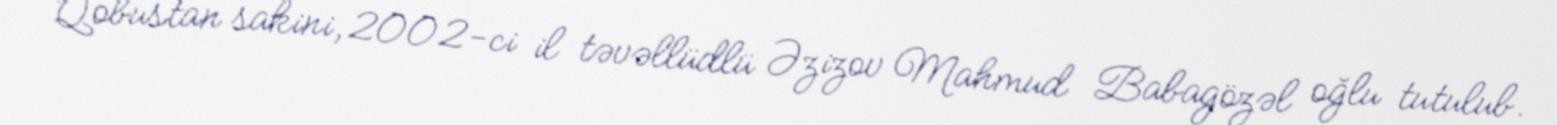
Qobustan sakini, 2002-ci il təvəllüdlü Əzizov Mahmud Babagözəl oğlu tutulub.